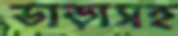
ভাড়াসহ